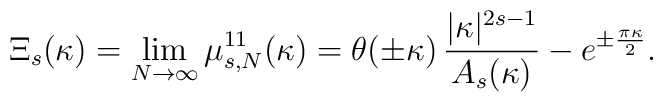
\Xi_s(\kappa)=\lim_{N\to\infty} \mu_{s,N}^{11}(\kappa)=\theta(\pm\kappa)\,\frac{|\kappa|^{2s-1}}{A_s(\kappa)}-e^{\pm\frac{\pi\kappa}{2}}.